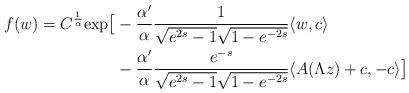
LaTeX: \begin{align*}f(w) = C^\frac1\alpha{\rm exp} \big[& - \frac{\alpha'}{\alpha} \frac{1}{ \sqrt{e^{2s}-1} \sqrt{1-e^{-2s}}} \langle w, c \rangle \\&- \frac{\alpha'}{\alpha} \frac{e^{-s}}{ \sqrt{e^{2s}-1} \sqrt{1-e^{-2s}}} \langle A(\Lambda z) + c, - c \rangle \big] \end{align*}